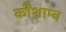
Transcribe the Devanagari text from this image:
कौशाम्ब